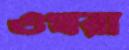
ওখরা